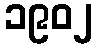
၁၉၀၂